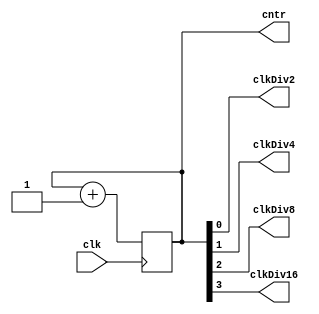

module CounterClockSource(
    output wire clkDiv2,
    output wire clkDiv4,
    output wire clkDiv8,
    output wire clkDiv16,

    output reg [3:0] cntr = 0,

    input wire clk
);

    always @( posedge clk )
        cntr <= cntr + 1;

    assign clkDiv2  = cntr[0];
    assign clkDiv4  = cntr[1];
    assign clkDiv8  = cntr[2];
    assign clkDiv16 = cntr[3];

endmodule // module CounterClockSource